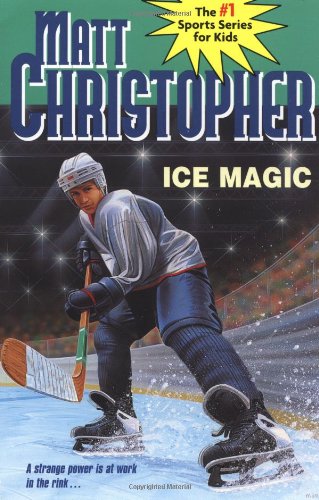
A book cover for Ice Magic (Matt Christopher Sports Series); Matt Christopher; Teen & Young Adult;